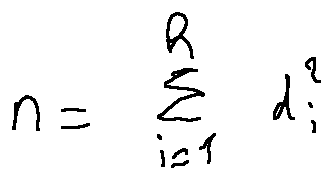
n = \sum \limits _ { i = 1 } ^ { h } d _ { i } ^ { 2 }